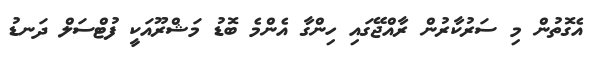
އެގޮތުން މި ސަރުކާރުން ރާއްޖޭގައި ހިންގާ އެންމެ ބޮޑު މަޝްރޫއަކީ ފުޓްސަލް ދަނޑު